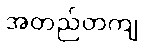
အတည်တကျ